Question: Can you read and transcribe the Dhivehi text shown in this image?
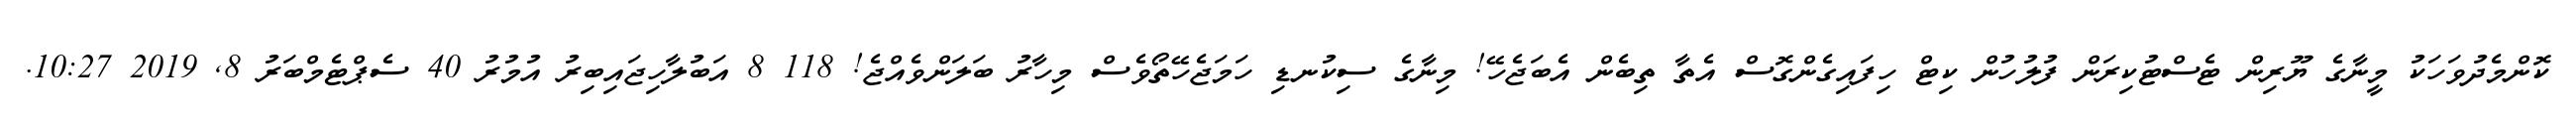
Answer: ކޮންމެދުވަހަކު މީނާގެ ޔޫރިން ޓެސްޓުކިރަން ފުލުހުން ކިޓް ހިފައިގެންގޮސް އެތާ ތިބެން އެބަޖެހޭ! މިނާގެ ސިކުނޑި ހަމަޖެހޭތޯވެސް މިހާރު ބަލަންވެއްޖެ! 118 8 އަބުލާހިޖައިބިރު އުމުރު 40 ސެޕްޓެމްބަރު 8, 2019 10:27.